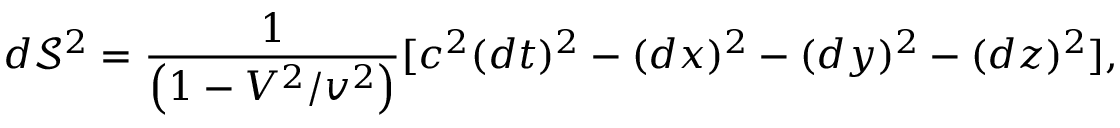
d \mathcal S ^ { 2 } = \frac { 1 } { \left( 1 - V ^ { 2 } / v ^ { 2 } \right) } [ c ^ { 2 } ( d t ) ^ { 2 } - ( d x ) ^ { 2 } - ( d y ) ^ { 2 } - ( d z ) ^ { 2 } ] ,